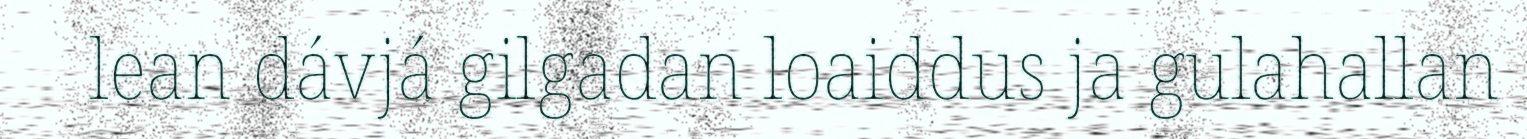
lean dávjá gilgadan loaiddus ja gulahallan